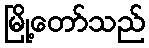
မြို့တော်သည်